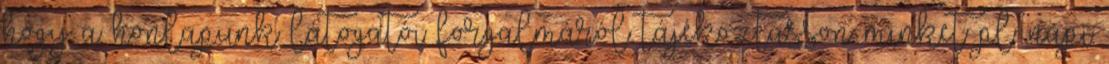
hogy a honlapunk látogatói forgalmáról tájékoztasson minket pl. napi